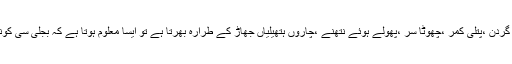
اونچی گردن ،پتلی کمر ،چھوٹا سر ،پھولے ہوئے نتھنے ،چاروں ہتھیلیاں جھاڑ کے طرارہ بھرتا ہے تو ایسا معلوم ہوتا ہے کہ بجلی سی کوند گئی۔